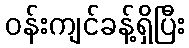
ဝန်းကျင်ခန့်ရှိပြီး